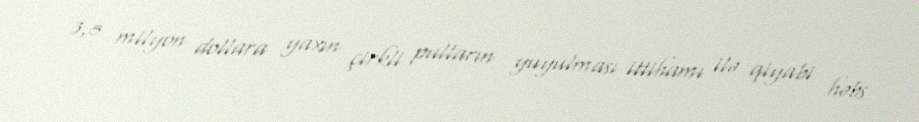
3,5 milyon dollara yaxın çirkli pulların yuyulması ittihamı ilə qiyabi həbs